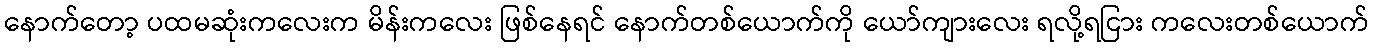
နောက်တော့ ပထမဆုံးကလေးက မိန်းကလေး ဖြစ်နေရင် နောက်တစ်ယောက်ကို ယော်ကျားလေး ရလို့ရငြား ကလေးတစ်ယောက်